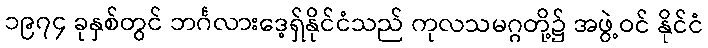
၁၉၇၄ ခုနှစ်တွင် ဘင်္ဂလားဒေ့ရှ်နိုင်ငံသည် ကုလသမဂ္ဂတို့၌ အဖွဲ့ဝင် နိုင်ငံ